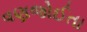
વણજોઈતા